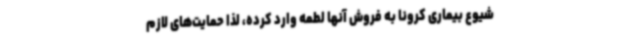
شیوع بیماری کرونا به فروش آنها لطمه وارد کرده، لذا حمایت‌های لازم